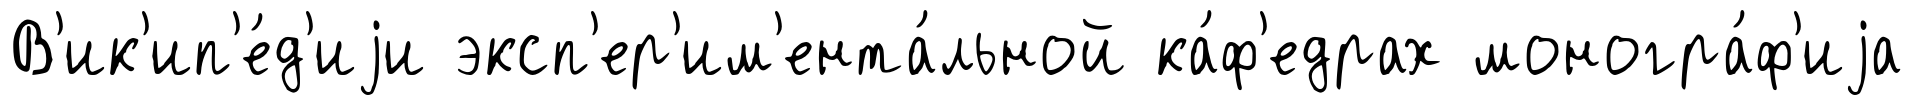
В'ик'ип'е́д'иjи эксп'ер'им'ента́льной ка́ф'едрах моногра́ф'иjа